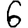
Digit: 6